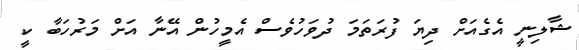
ޝާލިނީ އެގެއަށް ދިޔަ ފުރަތަމަ ދުވަހުވެސް އެމީހުން އޭނާ އަށް މަރުހަބާ ކީ